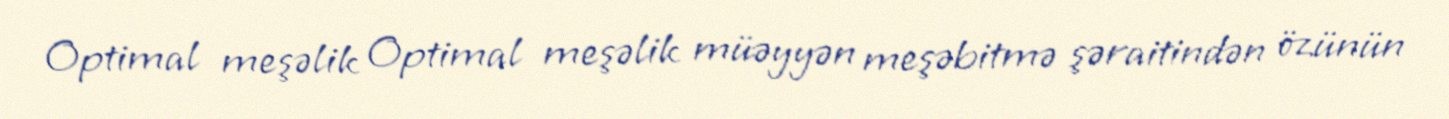
Optimal meşəlik Optimal meşəlik müəyyən meşəbitmə şəraitindən özünün